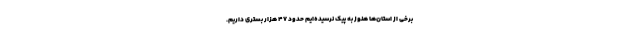
برخی از استان‌ها هنوز به پیک نرسیده‌ایم حدود ۴۷ هزار بستری داریم.